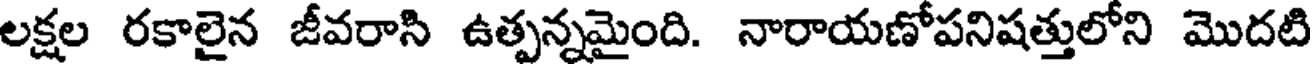
లక్షల రకాలైన జీవరాసి ఉత్పన్నమైంది. నారాయణోపనిషత్తులోని మొదటి